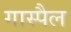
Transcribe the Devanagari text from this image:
गास्पैल